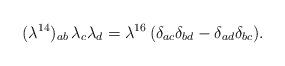
LaTeX: \begin{align*}{ (\lambda^{14})_{ab}\, \lambda_c \lambda_d =\lambda^{16}\, (\delta_{ac}\delta_{bd} - \delta_{ad} \delta_{bc}).}\end{align*}